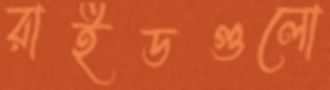
রাইডগুলো